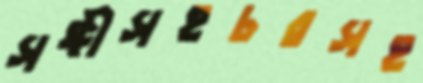
সঙ্গীসহচরসহ